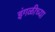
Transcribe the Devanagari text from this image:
इंगळीच्या